Treatise on elephants
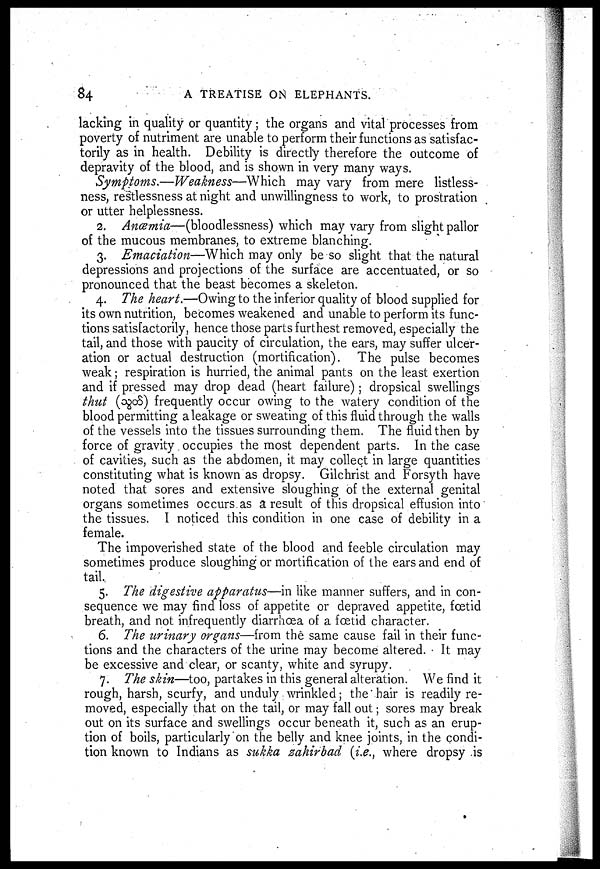
84
A TREATISE ON ELEPHANTS.
lacking in quality or quantity; the organs and vital processes from
poverty of nutriment are unable to perform their functions as satisfac-
torily as in health. Debility is directly therefore the outcome of
depravity of the blood, and is shown in very many ways.
Symptoms.—Weakness—Which may vary from mere listless-
ness, restlessness at night and unwillingness to work, to prostration
or utter helplessness.
2. Anœmia—(bloodlessness) which may vary from slight pallor
of the mucous membranes, to extreme blanching.
3. Emaciation—Which may only be so slight that the natural
depressions and projections of the surface are accentuated, or so
pronounced that the beast becomes a skeleton.
4. The heart.—Owing to the inferior quality of blood supplied for
its own nutrition, becomes weakened and unable to perform its func-
tions satisfactorily, hence those parts furthest removed, especially the
tail, and those with paucity of circulation, the ears, may suffer ulcer-
ation or actual destruction (mortification). The pulse becomes
weak; respiration is hurried, the animal pants on the least exertion
and if pressed may drop dead (heart failure) ; dropsical swellings
thut (
) frequently occur owing to the watery condition of the
blood permitting a leakage or sweating of this fluid through the walls
of the vessels into the tissues surrounding them. The fluid then by
force of gravity occupies the most dependent parts. In the case
of cavities, such as the abdomen, it may collect in large quantities
constituting what is known as dropsy. Gilchrist and Forsyth have
noted that sores and extensive sloughing of the external genital
organs sometimes occurs as a result of this dropsical effusion into
the tissues. I noticed this condition in one case of debility in a
female.
The impoverished state of the blood and feeble circulation may
sometimes produce sloughing or mortification of the ears and end of
tail.
5. The digestive apparatus—in like manner suffers, and in con-
sequence we may find loss of appetite or depraved appetite, foetid
breath, and not infrequently diarrhoea of a fœtid character.
6. The urinary organs—from the same cause fail in their func-
tions and the characters of the urine may become altered. It may
be excessive and clear, or scanty, white and syrupy.
7. The skin—too, partakes in this general alteration. We find it
rough, harsh, scurfy, and unduly wrinkled; the hair is readily re-
moved, especially that on the tail, or may fall out; sores may break
out on its surface and swellings occur beneath it, such as an erup-
tion of boils, particularly on the belly and knee joints, in the condi-
tion known to Indians as sukka zahirbad (i.e., where dropsy is